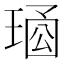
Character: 𤦱